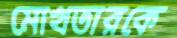
মোখতারকে